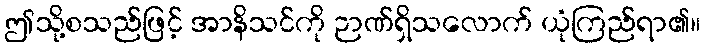
ဤသို့စသည်ဖြင့် အာနိသင်ကို ဉာဏ်ရှိသလောက် ယုံကြည်ရာ၏။